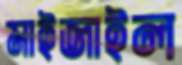
মাইজাইল